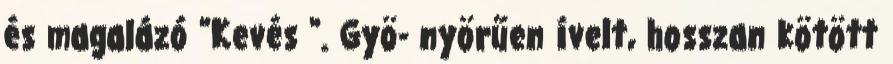
és magalázó "Kevés ". Gyö- nyörűen ívelt, hosszan kötött